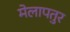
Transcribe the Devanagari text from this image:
मेलापतुर